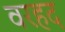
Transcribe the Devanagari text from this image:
वरहद